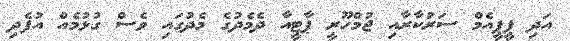
އަދި ޕީޕީއެމް ސަރުކާރާއި ޖުމްހޫރީ ޕާޓީއާ ދެމެދުގެ މެދުގައި ވެސް ގުޅުމެއް އުފެދި